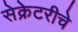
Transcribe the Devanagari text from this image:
सेक्रेटरीचे